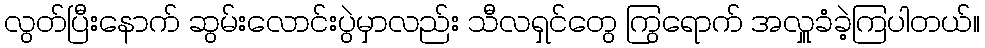
လွတ်ပြီးနောက် ဆွမ်းလောင်းပွဲမှာလည်း သီလရှင်တွေ ကြွရောက် အလှူခံခဲ့ကြပါတယ်။